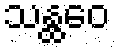
သန္ထဝေ